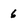
Character: 6